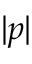
| p |